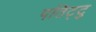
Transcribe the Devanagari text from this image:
पतिट्टु